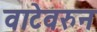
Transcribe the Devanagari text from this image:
वाटेवरुन